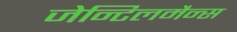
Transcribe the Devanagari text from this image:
जेन्टिलमैन्स